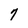
Character: 7